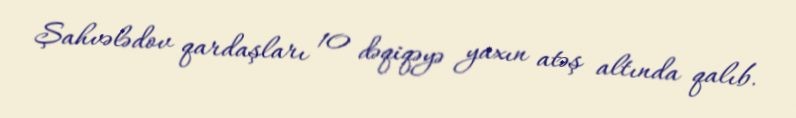
Şahvələdov qardaşları 10 dəqiqəyə yaxın atəş altında qalıb.